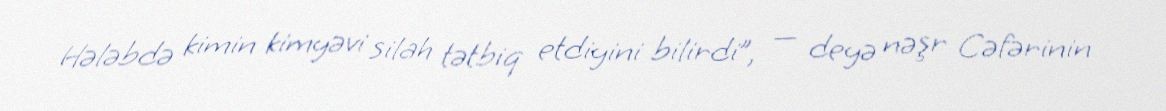
Hələbdə kimin kimyəvi silah tətbiq etdiyini bilirdi”, — deyə nəşr Cəfərinin